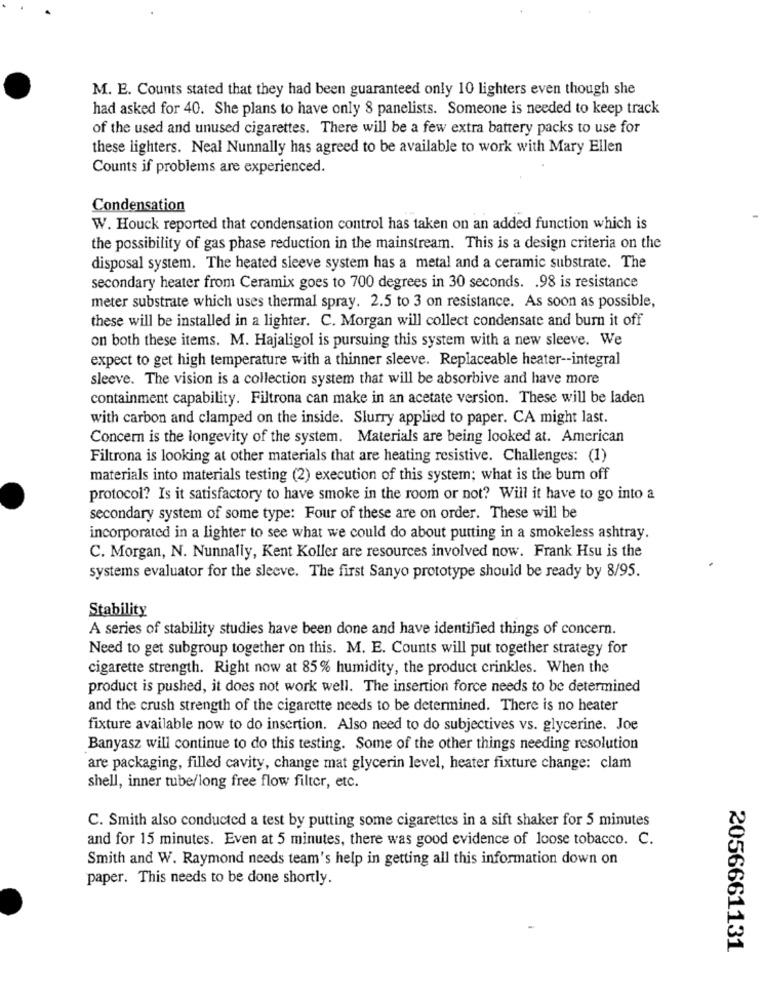
M. E. Counts stated that they had been guaranteed only 10 lighters even though she
had asked for 40. She plans to have only 8 panelists. Someone is needed to keep track
of the used and unused cigarettes. There will be a few extra battery packs to use for
these lighters. Neal Nunnally has agreed to be available to work with Mary Ellen
Counts if problems are experienced.
Condensation
W. Houck reported that condensation control has taken on an added function which is
the possibility of gas phase reduction in the mainstream. This is a design criteria on the
disposal system. The heated sleeve system has a metal and a ceramic substrate. The
secondary heater from Ceramix goes to 700 degrees in 30 seconds. . 98 is resistance
meter substrate which uses thermal spray. 2.5 to 3 on resistance. As soon as possible,
these will be installed in a lighter. C. Morgan will collect condensate and burn it off
on both these items. M. Hajaligol is pursuing this system with a new sleeve. We
expect to get high temperature with a thinner sleeve. Replaceable heater -- integral
sleeve. The vision is a collection system that will be absorbive and have more
containment capability. Filtrona can make in an acetate version. These will be laden
with carbon and clamped on the inside. Slurry applied to paper. CA might last.
Concern is the longevity of the system. Materials are being looked at. American
Filtrona is looking at other materials that are heating resistive. Challenges: (1)
materials into materials testing (2) execution of this system; what is the bum off
protocol? Is it satisfactory to have smoke in the room or not? Will it have to go into a
secondary system of some type: Four of these are on order. These will be
incorporated in a lighter to see what we could do about putting in a smokeless ashtray.
C. Morgan, N. Nunnally, Kent Koller are resources involved now. Frank Hsu is the
systems evaluator for the sleeve. The first Sanyo prototype should be ready by 8/95.
Stability
A series of stability studies have been done and have identified things of concern.
Need to get subgroup together on this. M. E. Counts will put together strategy for
cigarette strength. Right now at 85% humidity, the product crinkles. When the
product is pushed, it does not work well. The insertion force needs to be determined
and the crush strength of the cigarette needs to be determined. There is no heater
fixture available now to do insertion. Also need to do subjectives vs. glycerine. Joe
Banyasz will continue to do this testing. Some of the other things needing resolution
are packaging, filled cavity, change mat glycerin level, heater fixture change: clam
shell, inner tube/long free flow filter, etc.
C. Smith also conducted a test by putting some cigarettes in a sift shaker for 5 minutes
and for 15 minutes. Even at 5 minutes, there was good evidence of loose tobacco. C.
Smith and W. Raymond needs team's help in getting all this information down on
paper. This needs to be done shortly.
2056661131